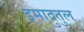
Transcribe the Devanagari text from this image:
इमादुतुल